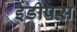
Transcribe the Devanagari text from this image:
ईडीपस